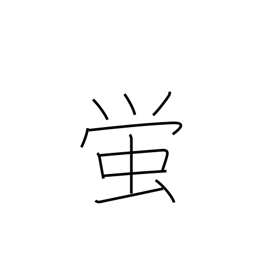
Meaning: firefly